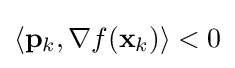
\langle \mathbf {p} _{k},\nabla f(\mathbf {x} _{k})\rangle <0